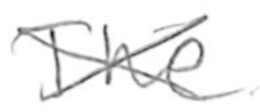
Text: The
Cross-out: cross
Writing tool: pencil